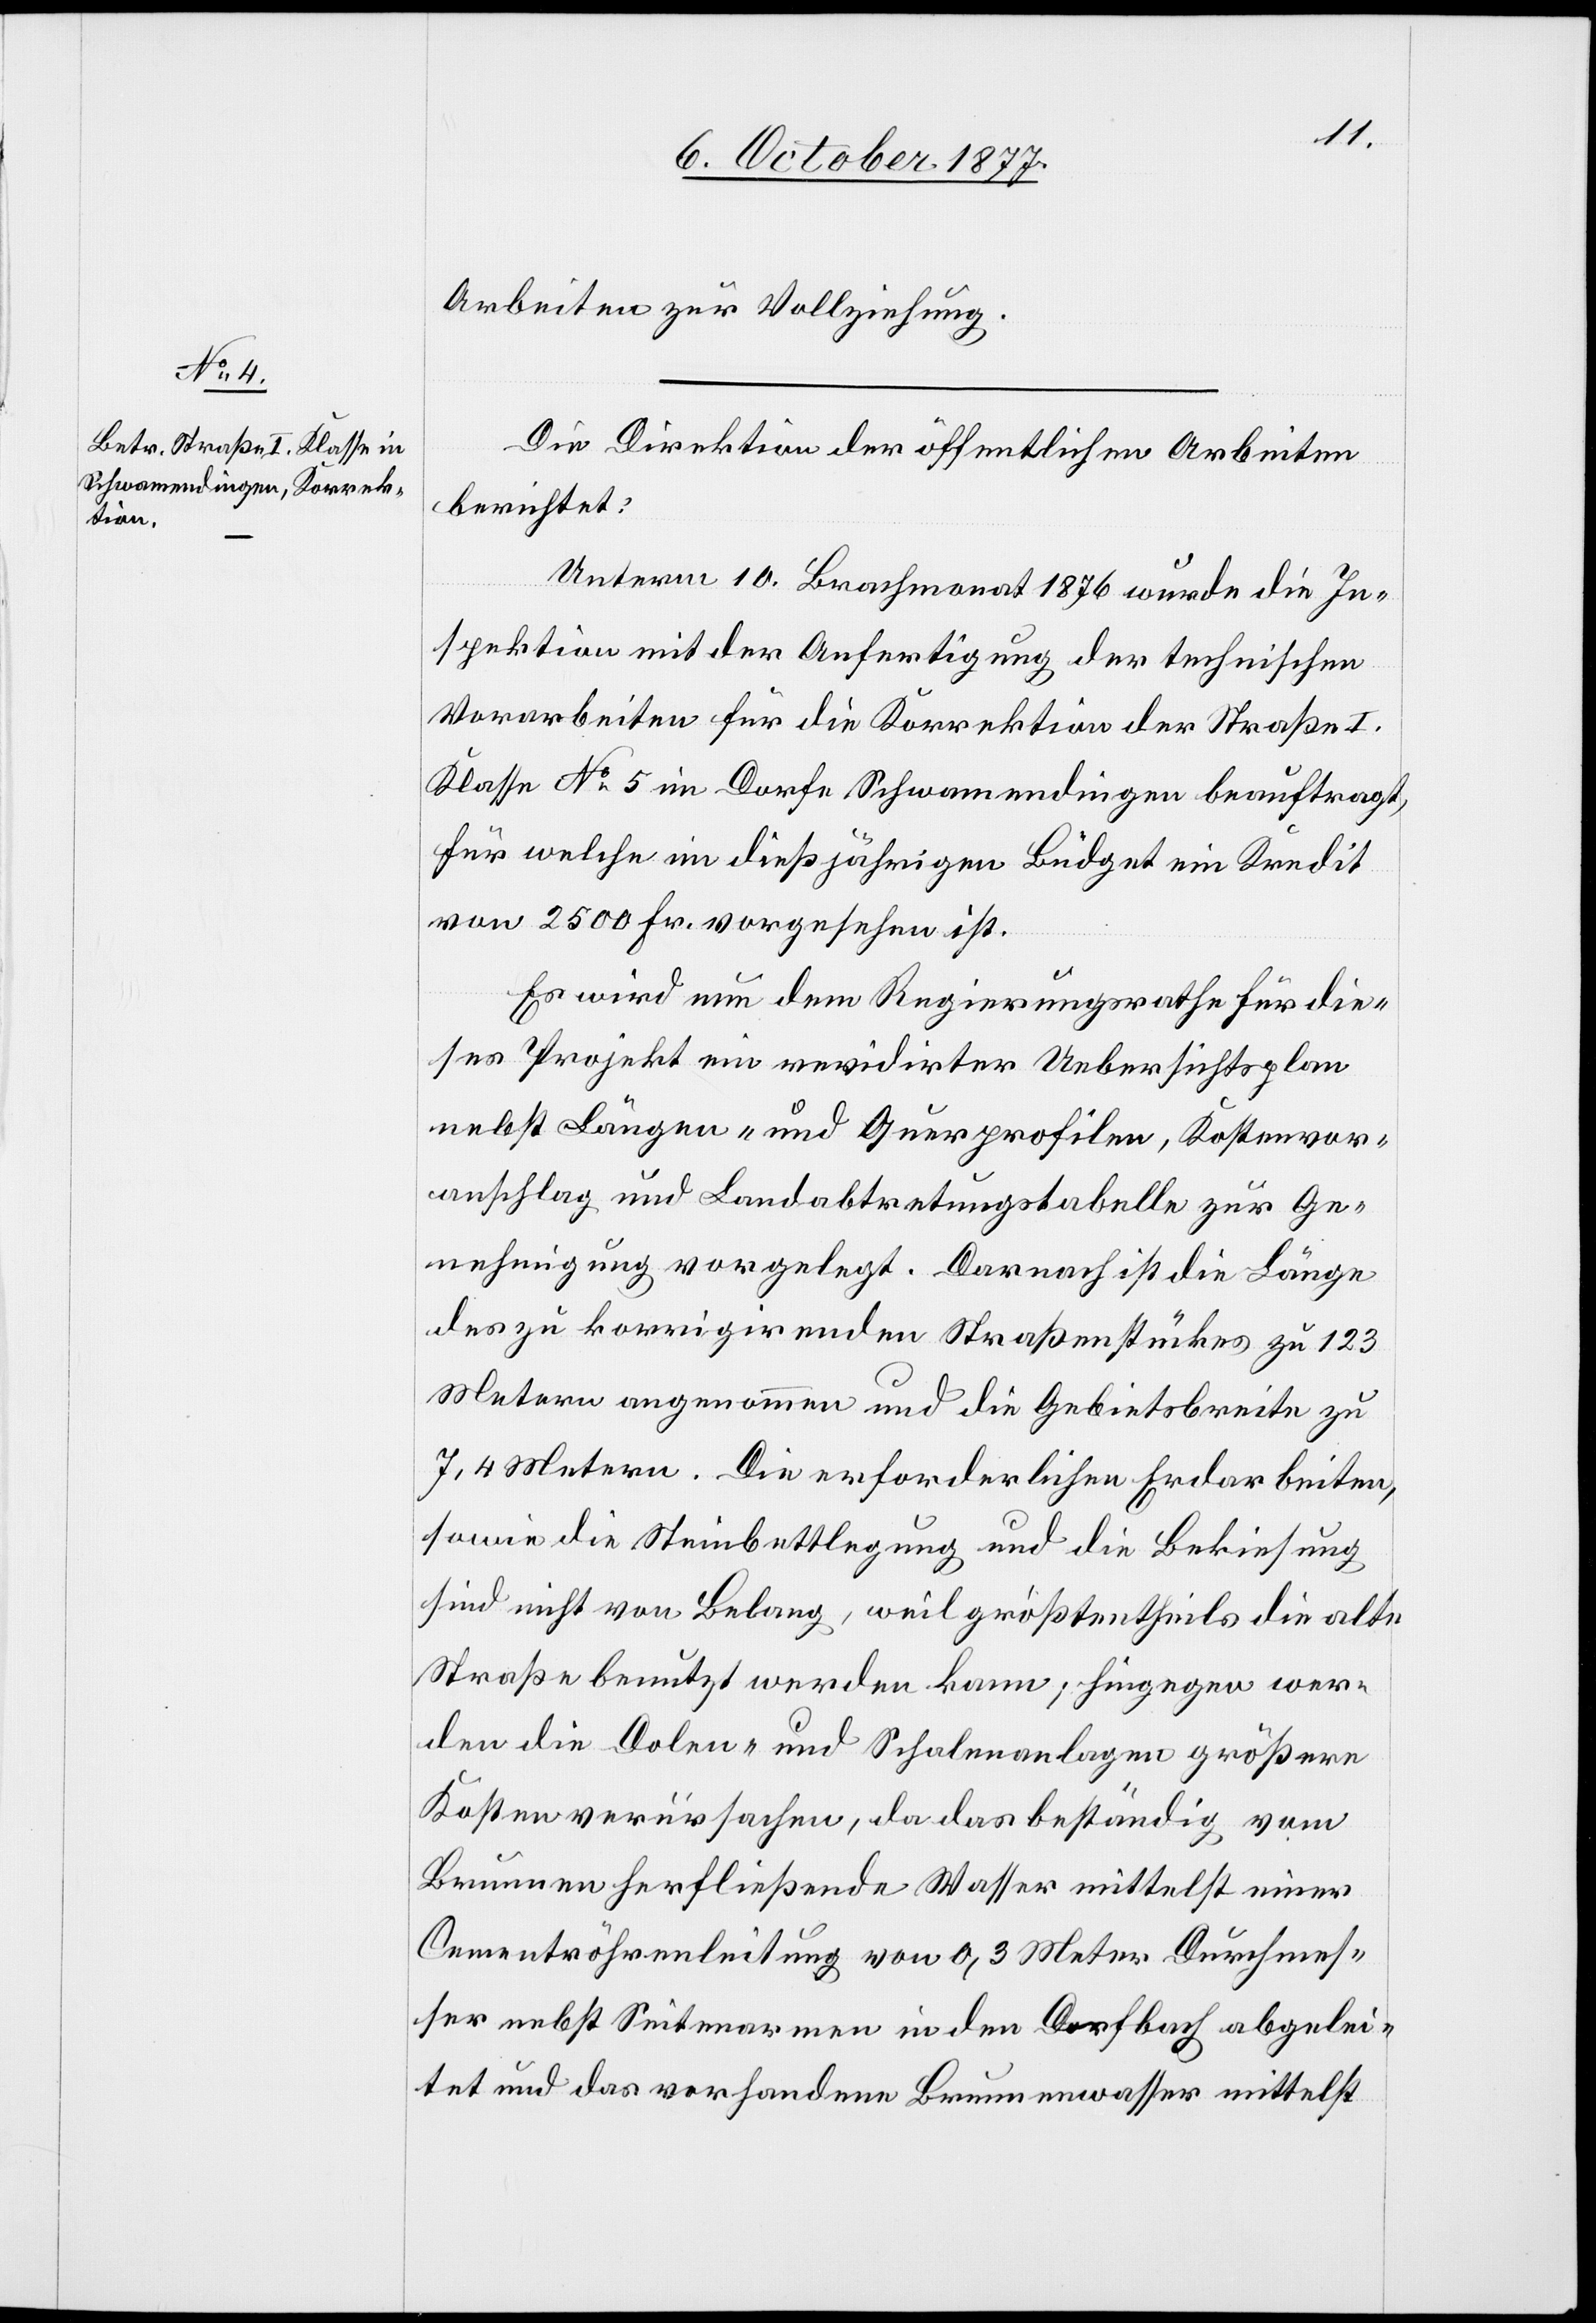
Arbeiten zur Vollziehung.
Die Direktion der öffentlichen Arbeiten
berichtet:
Unterm 10. Brachmonat 1876 wurde die In¬
spektion mit der Anfertigung der technischen
Vorarbeiten für die Korrektion der Straße I.
Klasse No 5 im Dorfe Schwamendingen beauftragt,
für welche im dießjährigen Büdget ein Kredit
von 2500 Fr. vorgesehen ist.
Es wird nun dem Regierungsrathe für die¬
ses Projekt ein revidirter Uebersichtsplan
nebst Längen- und Querprofilen, Kostenvor¬
anschlag und Landabtretungstabelle zur Ge¬
nehmigung vorgelegt. Darnach ist die Länge
des zu korrigirenden Straßenstückes zu 123
Metern angenommen und die Gebietsbreite zu
7,4 Metern. Die erforderlichen Erdarbeiten,
sowie die Steinbettlegung und die Bekiesung
sind nicht von Belang, weil größtentheils die alte
Straße benutzt werden kann; hingegen wer¬
den die Dolen- und Schalenanlagen größere
Kosten verursachen, da das beständig vom
Brunnen herfließende Wasser mittelst einer
Cementröhrenleitung von 0,3 Meter Durchmes¬
ser nebst Seitenarmen in den Dorfbach abgelei¬
tet und das vorhandene Brunnenwasser mittelst